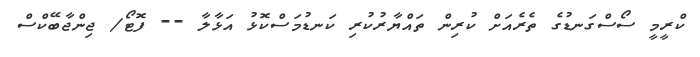
ކްރީމީ ސޯސްގަނޑުގެ ތެރެއަށް ކުރިން ތައްޔާރުކުރި ކަނޑުމަސްކޮޅު އަޅާލާ -- ފޮޓޯ/ ޖިންޖާބޭކްސް